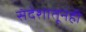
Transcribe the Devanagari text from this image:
संदेशातूनही